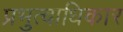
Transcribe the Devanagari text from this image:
प्रभुत्वाधिकार